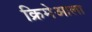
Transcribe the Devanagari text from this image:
क्रिमेआला